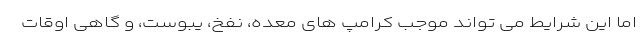
اما این شرایط می تواند موجب کرامپ های معده، نفخ، یبوست، و گاهی اوقات